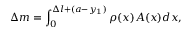
\Delta m = \int _ { 0 } ^ { \Delta l + ( a - y _ { 1 } ) } \rho ( x ) A ( x ) d x ,